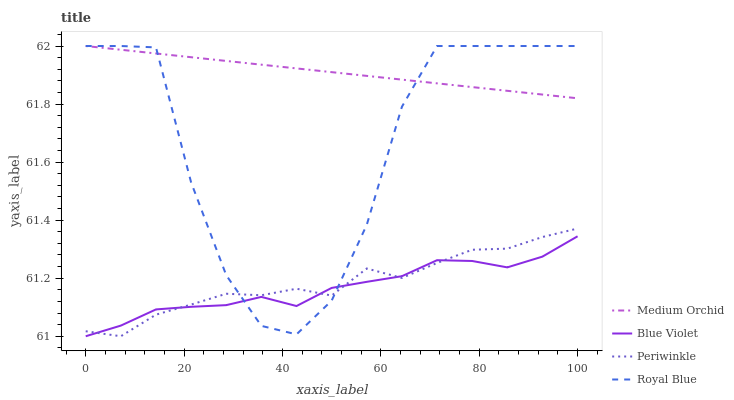
| xaxis_label | Medium Orchid | Blue Violet | Periwinkle | Royal Blue |
 | --- | --- | --- | --- | --- |
 | 0 | 62 | 61 | 61 | 62 |
 | 7.14 | 62 | 61 | 61 | 62 |
 | 14.3 | 62 | 61.1 | 61.1 | 62 |
 | 21.4 | 62 | 61.1 | 61.1 | 61.5 |
 | 28.6 | 61.9 | 61.1 | 61.1 | 61.2 |
 | 35.7 | 61.9 | 61.1 | 61.1 | 61 |
 | 42.9 | 61.9 | 61.1 | 61.2 | 61 |
 | 50 | 61.9 | 61.2 | 61.1 | 61.1 |
 | 57.1 | 61.9 | 61.2 | 61.2 | 61.4 |
 | 64.3 | 61.9 | 61.2 | 61.2 | 61.8 |
 | 71.4 | 61.9 | 61.3 | 61.3 | 62 |
 | 78.6 | 61.9 | 61.3 | 61.3 | 62 |
 | 85.7 | 61.8 | 61.2 | 61.3 | 62 |
 | 92.9 | 61.8 | 61.3 | 61.3 | 62 |
 | 100 | 61.8 | 61.3 | 61.4 | 62 |